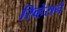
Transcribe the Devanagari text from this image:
रिव्हेराने